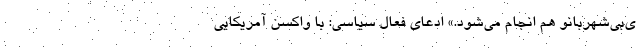
ی‌بی‌شهربانو هم انجام می‌شود.» ادعای فعال سیاسی: با واکسن آمریکایی